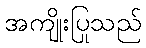
အကျိုးပြုသည်